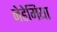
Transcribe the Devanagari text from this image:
नेहेमिया